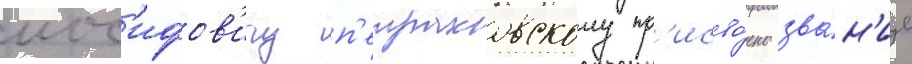
иос'ифов'ичу п'етраковскому пр'исво́ено зва́н'ие